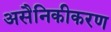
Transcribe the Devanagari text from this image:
असैनिकीकरण